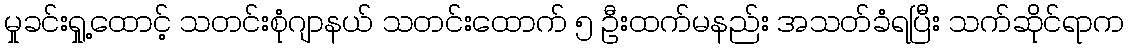
မှုခင်းရှု့ထောင့် သတင်းစုံဂျာနယ် သတင်းထောက် ၅ ဦးထက်မနည်း အသတ်ခံရပြီး သက်ဆိုင်ရာက